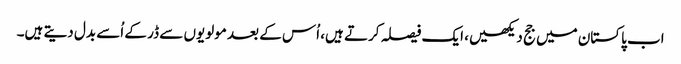
اب پاکستان میں جج دیکھیں، ایک فیصلہ کرتے ہیں، اُس کے بعد مولویوں سے ڈر کے اُسے بدل دیتے ہیں۔